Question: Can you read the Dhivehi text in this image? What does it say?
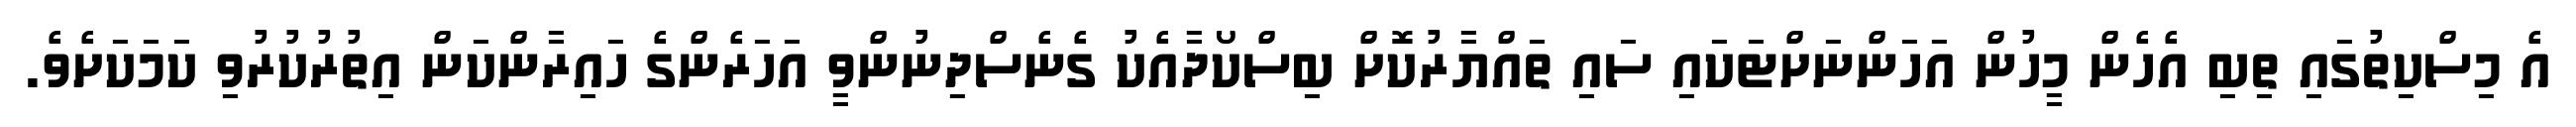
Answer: އެ މިސްކިތުގައި ތިބި އެހެން މީހުން އަހަންނަށްޓަކައި ސައި ތައްޔާރުކޮށް ބިސްކޯދާއެކު ގެނެސްދިނުންވީ އަހަރެންގެ ހައިރާންކަން އިތުރުކުރުވި ކަމަކަށެވެ.